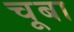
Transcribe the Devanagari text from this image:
चूबा